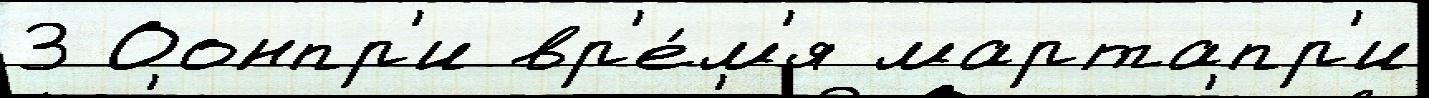
3 Оонпр'и вр'е́м'я мартапр'и